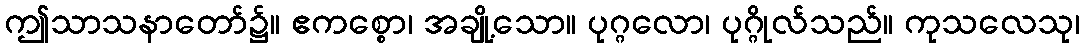
ဤသာသနာတော်၌။ ဧကစ္စော၊ အချို့သော။ ပုဂ္ဂလော၊ ပုဂ္ဂိုလ်သည်။ ကုသလေသု၊